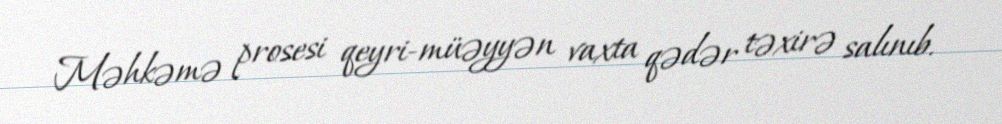
Məhkəmə prosesi qeyri-müəyyən vaxta qədər təxirə salınıb.